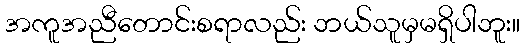
အကူအညီတောင်းစရာလည်း ဘယ်သူမှမရှိပါဘူး။